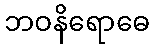
ဘဝနိရောဓေ